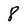
Character: 8